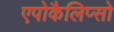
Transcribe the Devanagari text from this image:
एपोकैलिप्सो